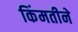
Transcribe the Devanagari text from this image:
किंमतीने